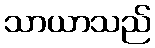
သာယာသည်